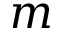
m